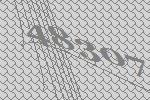
48307